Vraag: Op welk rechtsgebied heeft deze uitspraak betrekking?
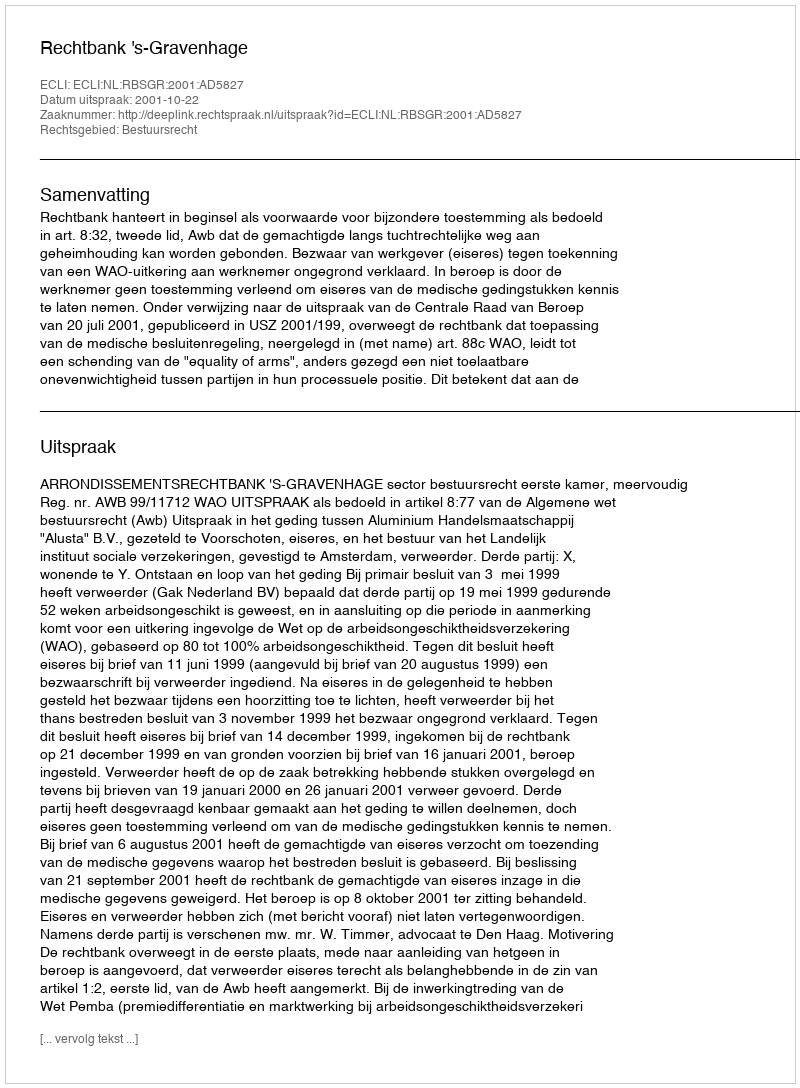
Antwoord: Bestuursrecht